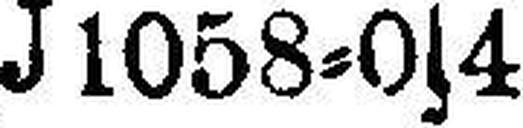
J 1058=0s4